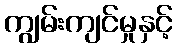
ကျွမ်းကျင်မှုနှင့်